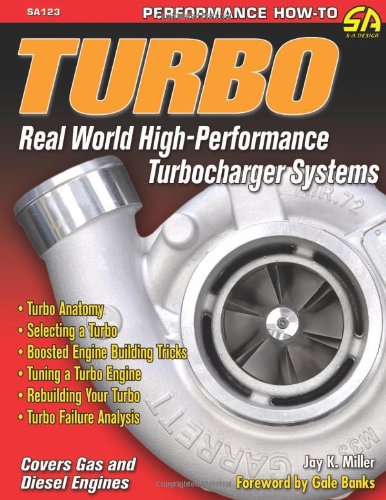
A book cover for Turbo: Real World High-Performance Turbocharger Systems (S-A Design); Jay Miller; Engineering & Transportation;